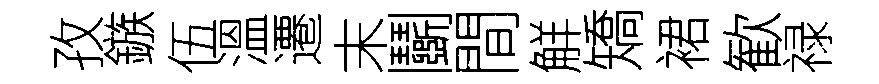
孜鏃伍溫遷末鬬間觧矯裙歓禄